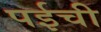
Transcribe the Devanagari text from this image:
पईची